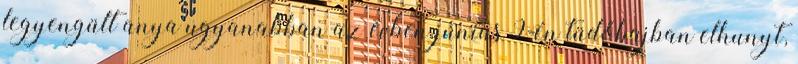
legyengült anya ugyanabban az évben június 9-én tüdőbajban elhunyt,